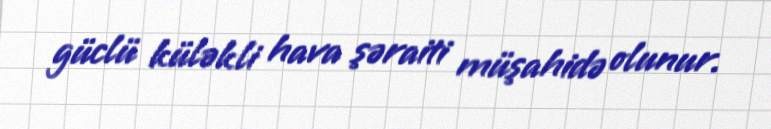
güclü küləkli hava şəraiti müşahidə olunur.